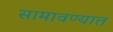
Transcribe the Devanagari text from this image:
सामावण्यात